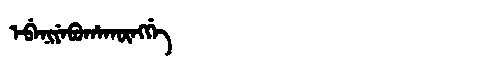
Manchu: ᡝᠪᡝᠨᡳᠶᡝᠪᡠᡥᠠᡴᡡᠩᡤᡝ
Romanization: EBENIYEBUHAKŪNGGE